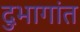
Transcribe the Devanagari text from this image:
दुभागांत